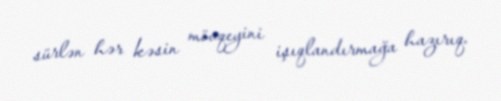
sürlən hər kəsin mövqeyini işıqlandırmağa hazırıq.